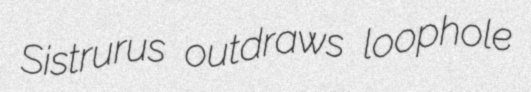
Sistrurus outdraws loophole